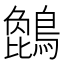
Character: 𪄢